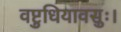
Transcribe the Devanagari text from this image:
वष्टुधियावसुः।